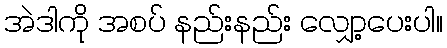
အဲဒါကို အစပ် နည်းနည်း လျှော့ပေးပါ။